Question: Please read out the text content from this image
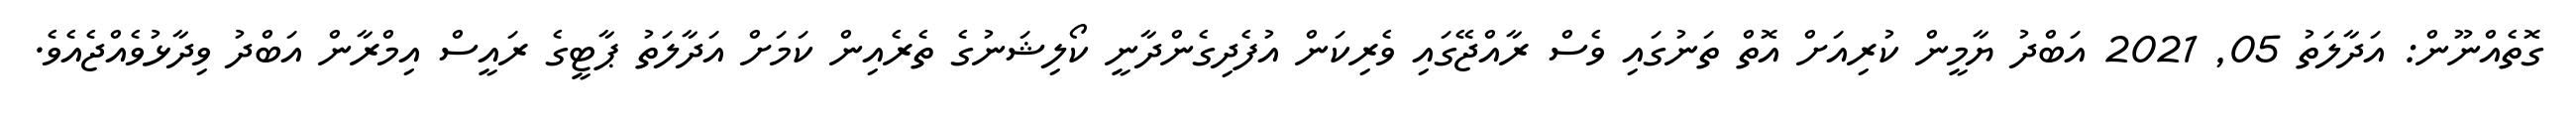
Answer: ގޮތެއްނޫން: އަދާލަތު 05, 2021 އަބްދު ޔާމީން ކުރިއަށް އޮތް ތަނުގައި ވެސް ރާއްޖޭގައި ވެރިކަން އުފެދިގެންދާނީ ކޯލިޝަނުގެ ތެރެއިން ކަމަށް އަދާލަތު ޕާޓީގެ ރައީސް އިމްރާން އަބްދު ވިދާޅުވެއްޖެއެވެ.